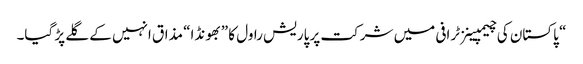
“ پاکستان کی چیمپینزٹرافی میں شرکت پر پاریش راول کا ”بھونڈا“ مذاق انہیں کے گلے پڑ گیا۔